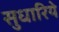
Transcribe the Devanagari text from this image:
सुधारिये